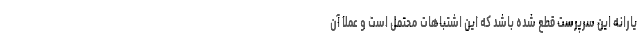
یارانه این سرپرست قطع شده باشد که این اشتباهات محتمل است و عملاً آن